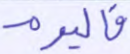
فاليوم